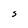
Character: S